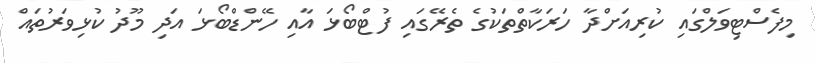
މިފެސްޓިވަލްގައި ކުރިއަށްދާ ހަރަކާތްތަކުގެ ތެރޭގައި ފުޓްބޯޅަ އާއި ހޭންޑްބޯޅަ އަދި މޫދު ކުޅިވަރުތައް